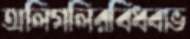
অলিগলিরবিধবাভ